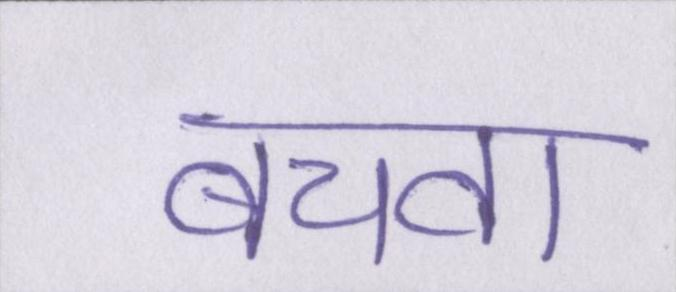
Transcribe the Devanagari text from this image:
बचवा